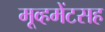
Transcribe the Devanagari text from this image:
मूव्हमेंटसह